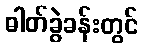
ဓါတ်ခွဲခန်းတွင်